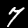
Digit: 7